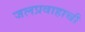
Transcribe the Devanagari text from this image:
जलप्रवाहाची